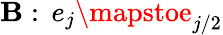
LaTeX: \mathbf{B}:\, e_{j}\mapstoe_{j/2}